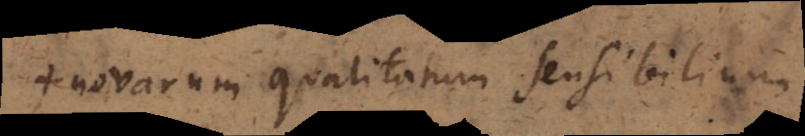
+ novarum qualitatum sensibilium